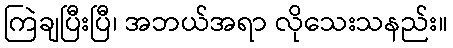
ကြဲချပြီးပြီ၊ အဘယ်အရာ လိုသေးသနည်း။